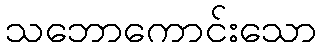
သဘောကောင်းသော